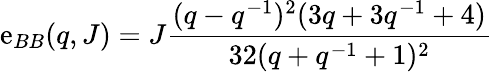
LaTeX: \mathrm{e}_{BB}(q,J)=J\frac{{(q-q^{-1})^{2}(3q+3q^{-1}+4)}}{{32(q+q^{-1}+1)^{2}}}